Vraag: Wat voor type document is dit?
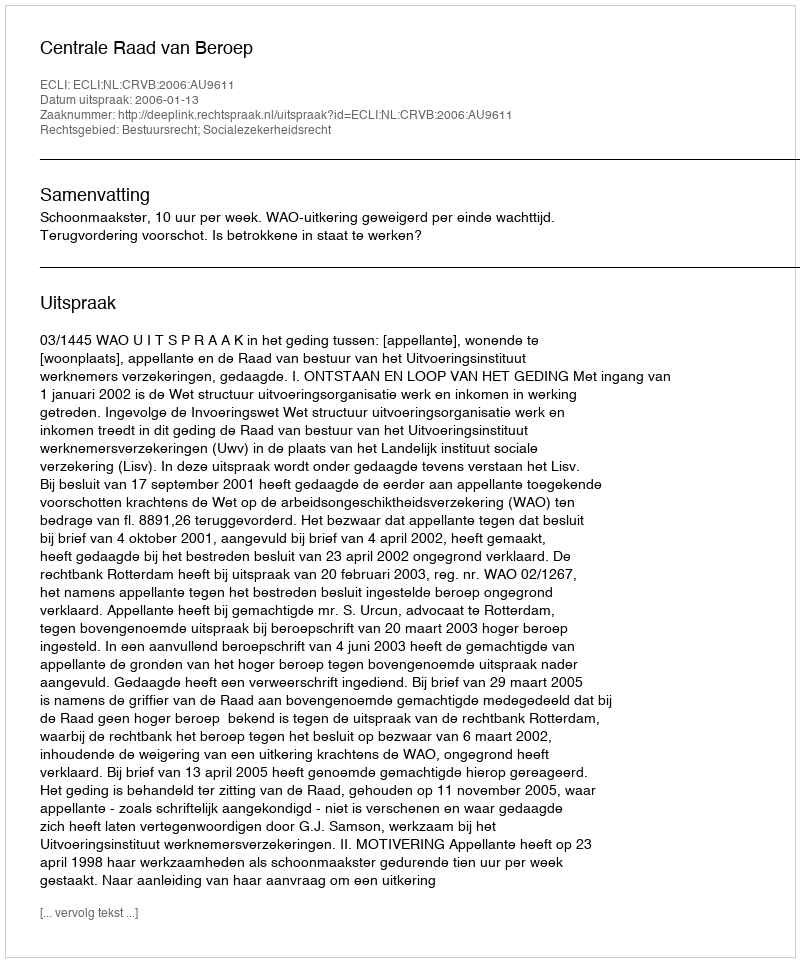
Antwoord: Uitspraak